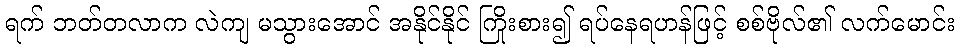
ရက် ဘတ်တလာက လဲကျ မသွားအောင် အနိုင်နိုင် ကြိုးစား၍ ရပ်နေရဟန်ဖြင့် စစ်ဗိုလ်၏ လက်မောင်း